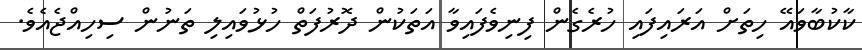
ކާކުބާވައޭ ހިތަށް އަރައިފައި ހުރެގެން ފިނިވެފައިވާ އަތަކުން ދޮރުފަތް ހުޅުވައިލި ތަނުން ސިހިއްޖެއެވެ.